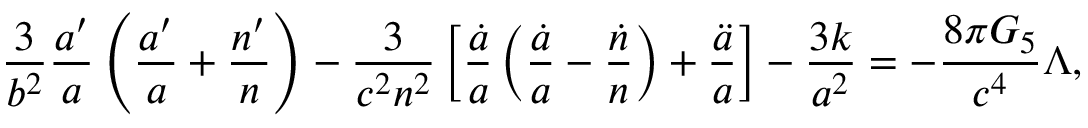
{ \frac { 3 } { b ^ { 2 } } } { \frac { a ^ { \prime } } { a } } \left( { \frac { a ^ { \prime } } { a } } + { \frac { n ^ { \prime } } { n } } \right) - { \frac { 3 } { c ^ { 2 } n ^ { 2 } } } \left[ { \frac { \dot { a } } { a } } \left( { \frac { \dot { a } } { a } } - { \frac { \dot { n } } { n } } \right) + { \frac { \ddot { a } } { a } } \right] - { \frac { 3 k } { a ^ { 2 } } } = - { \frac { 8 \pi G _ { 5 } } { c ^ { 4 } } } \Lambda ,